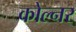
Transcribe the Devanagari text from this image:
कोल्नर